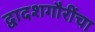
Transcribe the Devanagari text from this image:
द्वादशगौरींचा